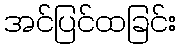
အင်ပြင်ထခြင်း